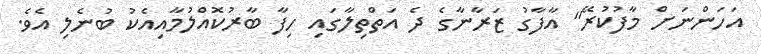
އަހަންނަށް މާފުކުރޭ" އާފާގު ޒަރާނާގެ ދެ އަތްތިލާގައި ހިފާ ބާރުކޮއްލުމާއިއެކު ބުނެލި އެވެ.